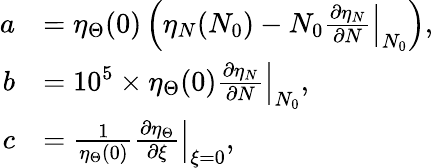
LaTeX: \begin{array}{rl}{a}&{=\eta_{\Theta}(0)\left(\eta_{N}(N_{0})-N_{0}\left.\frac{\partial\eta_{N}}{\partial N}\right|_{N_{0}}\right),}\\ {b}&{=10^{5}\times\eta_{\Theta}(0)\left.\frac{\partial\eta_{N}}{\partial N}\right|_{N_{0}},}\\ {c}&{=\frac{1}{\eta_{\Theta}(0)}\left.\frac{\partial\eta_{\Theta}}{\partial\xi}\right|_{\xi=0},}\end{array}